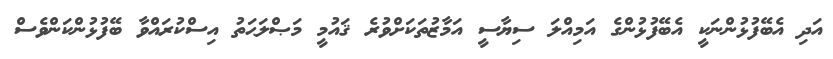
އަދި އެބޭފުޅުންނަކީ އެބޭފުޅުންގެ އަމިއްލަ ސިޔާސީ އަމާޒުތަކަށްވުރެ ޤައުމީ މަޞްލަޙަތު އިސްކުރައްވާ ބޭފުޅުންކަންވެސް